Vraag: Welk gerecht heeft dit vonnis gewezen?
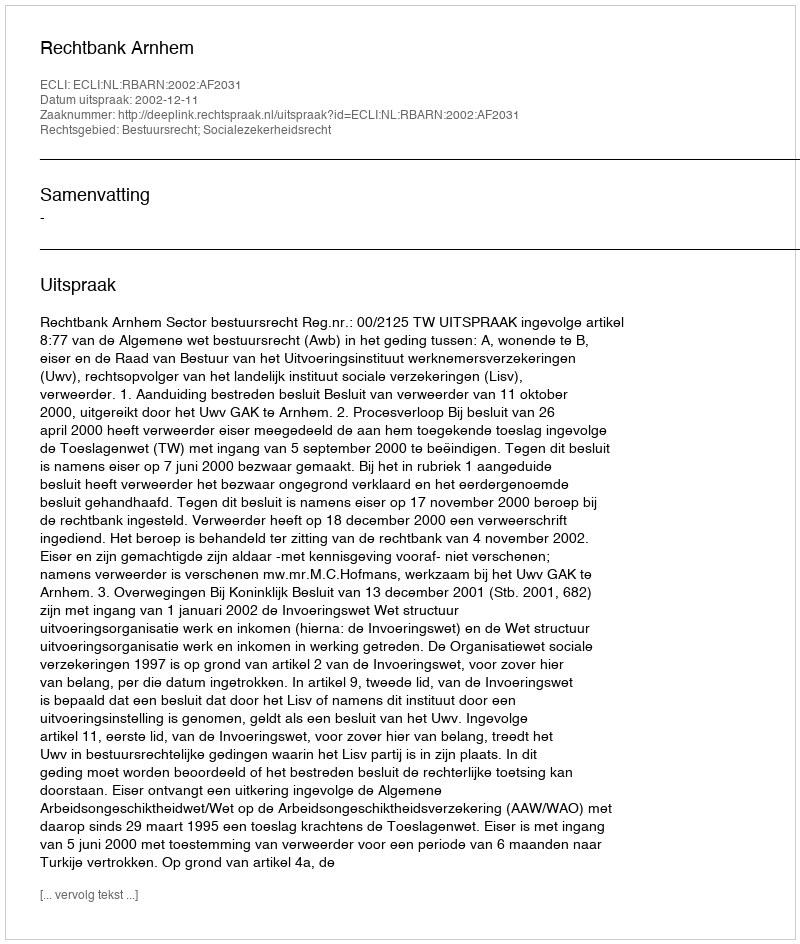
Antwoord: Rechtbank Arnhem